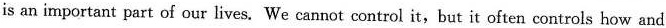
is an important part of our lives. We cannot control it, but it often controls how and